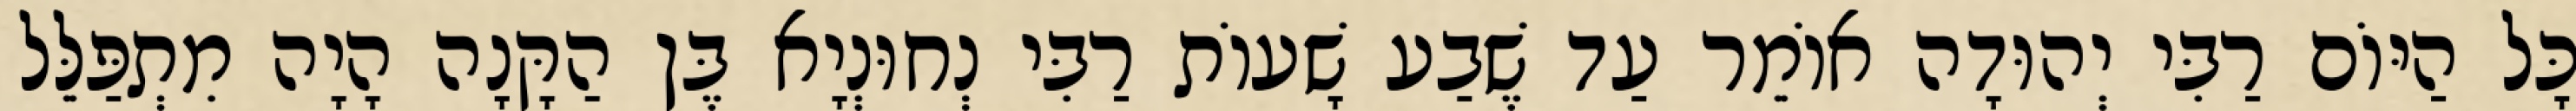
כָּל הַיּוֹם רַבִּי יְהוּדָה אוֹמֵר עַד שֶׁבַע שָׁעוֹת רַבִּי נְחוּנְיָא בֶּן הַקָּנָה הָיָה מִתְפַּלֵּל